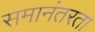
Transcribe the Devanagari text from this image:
समानंतरता